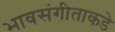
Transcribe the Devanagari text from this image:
भावसंगीताकडे